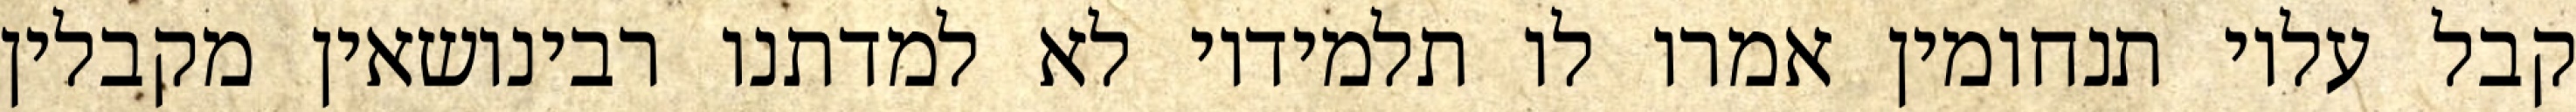
קבל עליו תנחומין אמרו לו תלמידיו לא למדתנו רבינושאין מקבלין